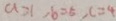
a = 1 , b = 5 , c = 4